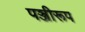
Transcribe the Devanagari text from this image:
पञ्जीरूप